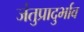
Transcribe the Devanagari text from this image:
जंतुप्रादुर्भाव